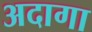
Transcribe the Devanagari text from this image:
अदागा